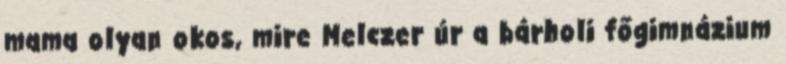
mama olyan okos, mire Melczer úr a bárholi főgimnázium